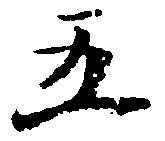
五